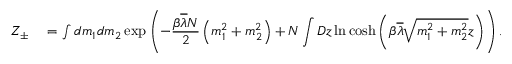
\begin{array} { r l } { Z _ { \pm } } & { { } = \int d m _ { 1 } d m _ { 2 } \exp \left( - \displaystyle \frac { \beta \overline { { \lambda } } N } { 2 } \left( m _ { 1 } ^ { 2 } + m _ { 2 } ^ { 2 } \right) + N \int D z \ln \cosh \left( \beta \overline { { \lambda } } \sqrt { m _ { 1 } ^ { 2 } + m _ { 2 } ^ { 2 } } z \right) \right) . } \end{array}